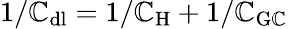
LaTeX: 1/\mathbb{C}_{\mathrm{{dl}}}=1/\mathbb{C}_{\mathrm{{H}}}+1/\mathbb{C}_{\mathrm{{G\mathbb{C}}}}